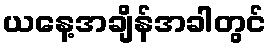
ယနေ့အချိန်အခါတွင်